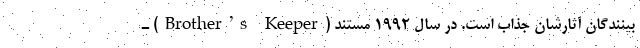
بینندگان آثارشان جذاب است. در سال ۱۹۹۲ مستند (Brother’s Keeper) ـ